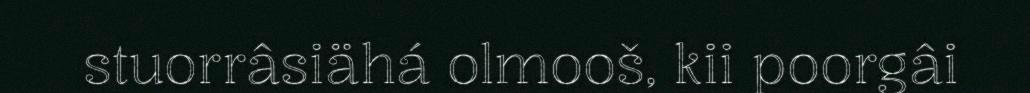
stuorrâsiähá olmooš, kii poorgâi